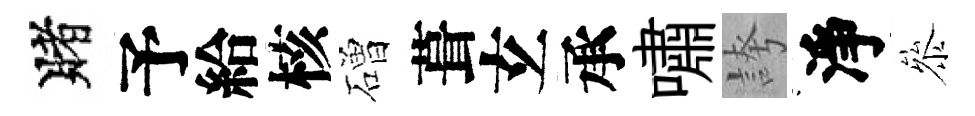
賭予給核磳葺𤣥承嘯誇淨叅